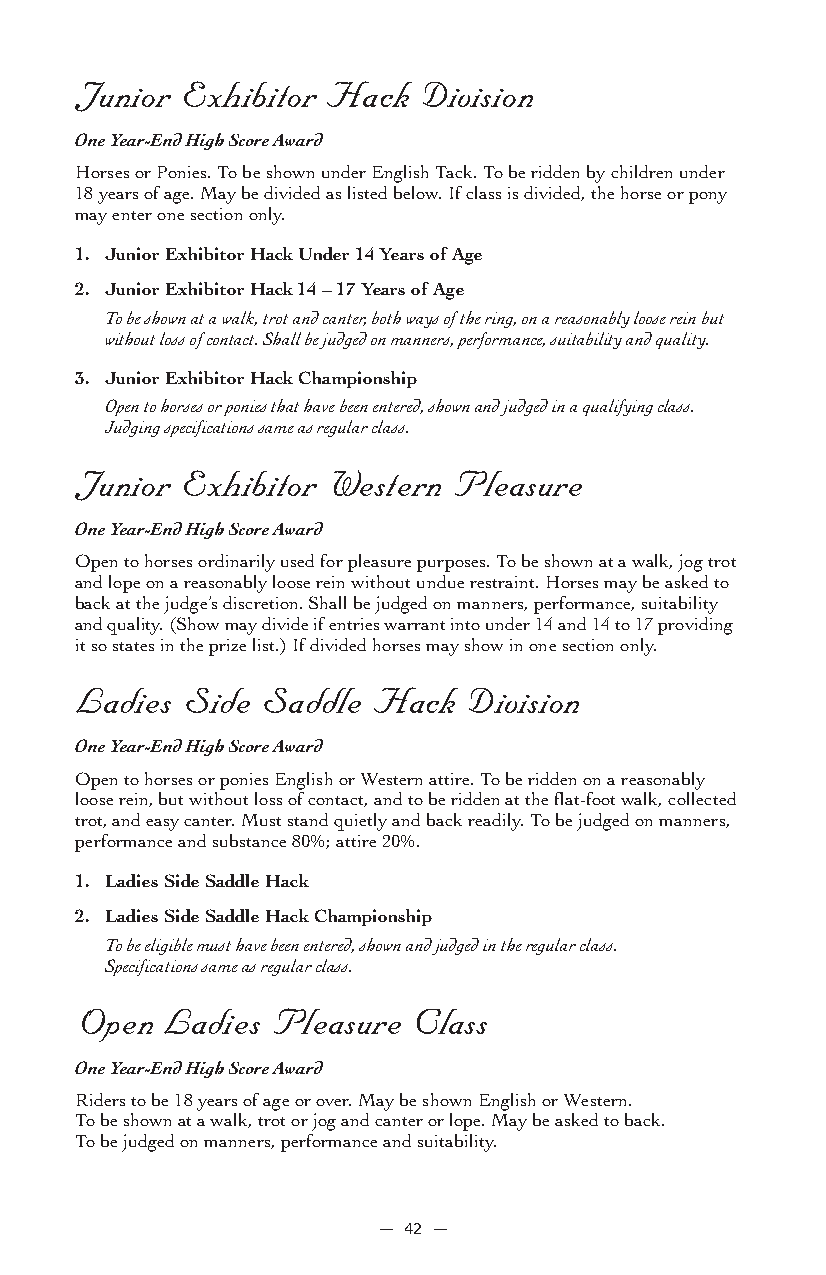
Junior Exhibitor Hack  Division
 One Year-End High Score Award
 Horses or Ponies. To be shown under English Tack. To be ridden by children under
 18 years of age. May be divided as listed below. If class is divided, the horse or pony
 may enter one section only.
 1. Junior Exhibitor Hack Under 14 Years of Age
 2. Junior Exhibitor Hack 14 – 17 Years of Age
 To be shown at a walk, trot and canter, both ways of the ring, on a reasonably loose rein but
 without loss of contact. Shall be judged on manners, performance, suitability and quality.
 3. Junior Exhibitor Hack Championship
 Open to horses or ponies that have been entered, shown and judged in a qualifying class.
 Judging specifications same as regular class.
 Junior Exhibitor Western Pleasure
 One Year-End High Score Award
 Open to horses ordinarily used for pleasure purposes. To be shown at a walk, jog trot
 and lope on a reasonably loose rein without undue restraint. Horses may be asked to
 back at the judge’s discretion. Shall be judged on manners, performance, suitability
 and quality. (Show may divide if entries warrant into under 14 and 14 to 17 providing
 it so states in the prize list.) If divided horses may show in one section only.
 Ladies Side Saddle  Hack  Division
 One Year-End High Score Award
 Open to horses or ponies English or Western attire. To be ridden on a reasonably
 loose rein, but without loss of contact, and to be ridden at the flat-foot walk, collected
 trot, and easy canter. Must stand quietly and back readily. To be judged on manners,
 performance and substance 80%; attire 20%.
 1. Ladies Side Saddle Hack
 2. Ladies Side Saddle Hack Championship
 To be eligible must have been entered, shown and judged in the regular class.
 Specifications same as regular class.
 Open  Ladies Pleasure Class
 One Year-End High Score Award
 Riders to be 18 years of age or over. May be shown English or Western.
 To be shown at a walk, trot or jog and canter or lope. May be asked to back.
 To be judged on manners, performance and suitability.
 — 42 —